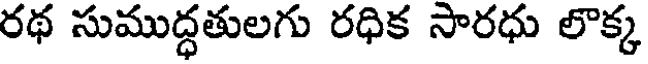
రథ సుముద్ధతులగు రధిక సారధు లొక్క